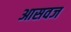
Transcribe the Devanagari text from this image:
आसवज